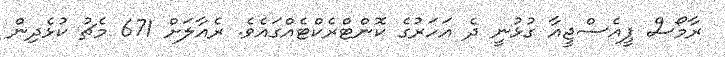
ރާމޯސް ޕީއެސްޖީއާ ގުޅުނީ ދެ އަހަރުގެ ކޮންޓްރެކްޓެއްގައެވެ. ރެއާލަށް 671 މެޗު ކުޅެދިން